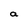
Character: a